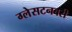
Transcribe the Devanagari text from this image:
ग्लेसटनबरी